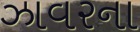
ઝાવરના